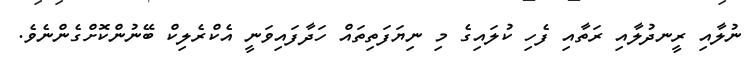
ނުލާއި ރީނދުލާއި ރަތާއި ފެހި ކުލައިގެ މި ނިޔަފަތިތައް ހަދާފައިވަނީ އެކްރެލިކް ބޭނުންކޮށްގެންނެވެ.